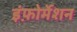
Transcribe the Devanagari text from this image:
इंफ़ोर्मेशन